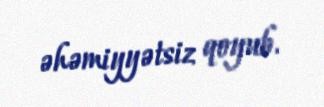
əhəmiyyətsiz qoyub.